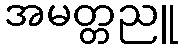
အမတ္တညူ